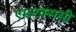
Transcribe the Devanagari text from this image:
एमएक्ससी